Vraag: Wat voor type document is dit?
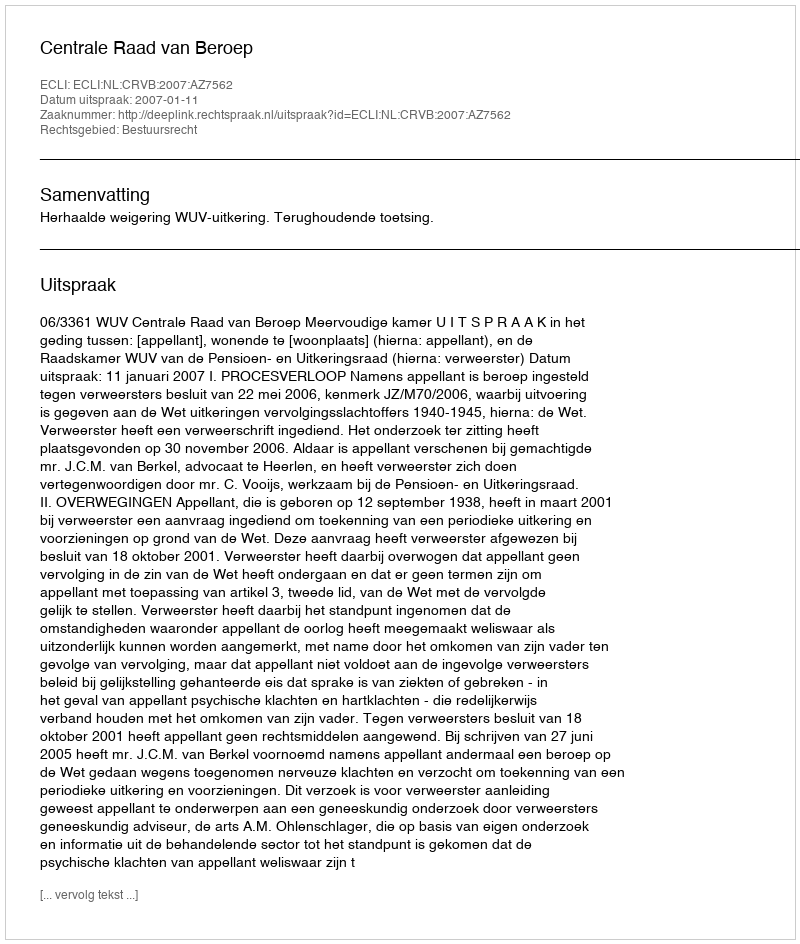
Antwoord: Uitspraak